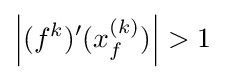
\left|(f^{k})'(x_{f}^{(k)})\right|>1